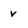
Character: v